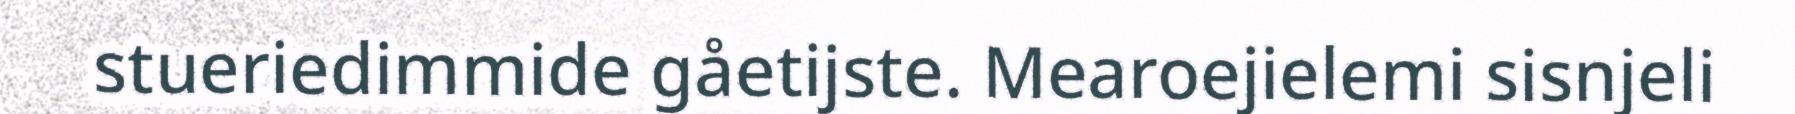
stueriedimmide gåetijste. Mearoejielemi sisnjeli